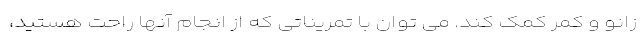
زانو و کمر کمک کند. می توان با تمریناتی که از انجام آنها راحت هستید،